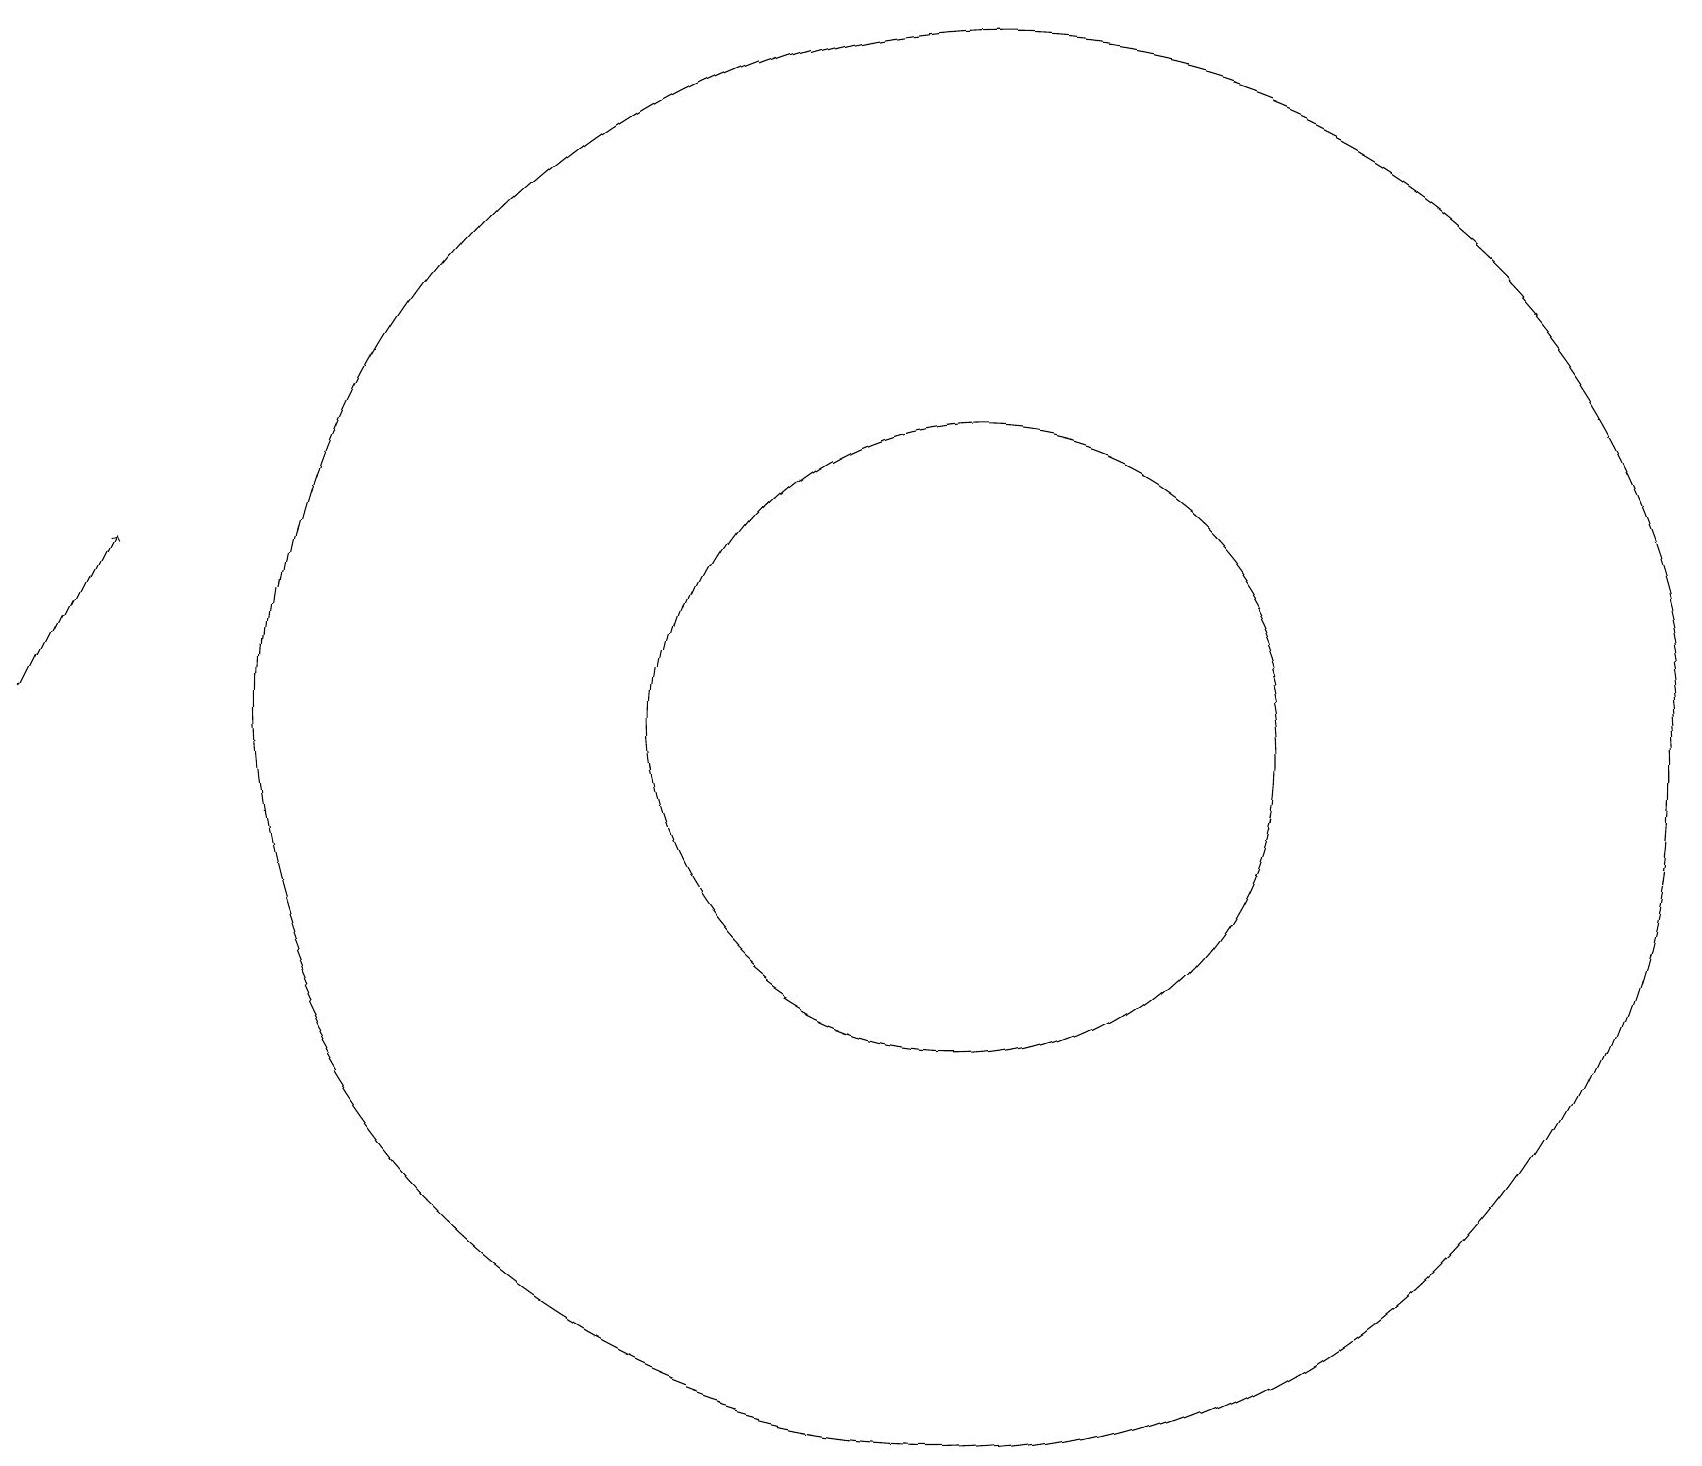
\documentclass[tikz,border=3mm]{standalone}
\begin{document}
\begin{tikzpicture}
\draw (12,12) circle (9);
\draw[->] (0,12) -- (1,14);
\draw (12,12) circle (4);
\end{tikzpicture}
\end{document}